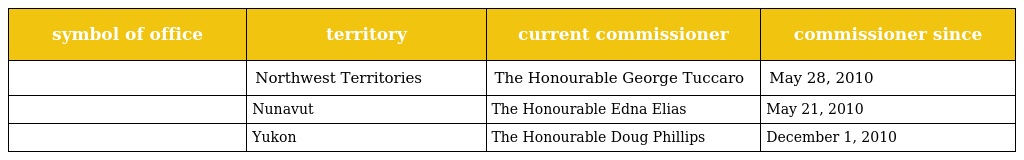
| symbol of office | territory | current commissioner | commissioner since |
 | --- | --- | --- | --- |
 |  | Northwest Territories | The Honourable George Tuccaro | May 28, 2010 |
 |  | Nunavut | The Honourable Edna Elias | May 21, 2010 |
 |  | Yukon | The Honourable Doug Phillips | December 1, 2010 |